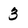
Character: 3